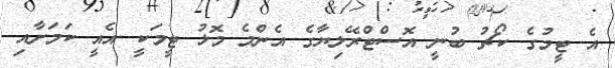
އެ ޓީމުގެ ކޯޗު ބުނީ އޮސްޓްރޭލިޔާގެ އެންމެ މޮޅު ޓީމަކީ އެއީ ކަމަށާއި